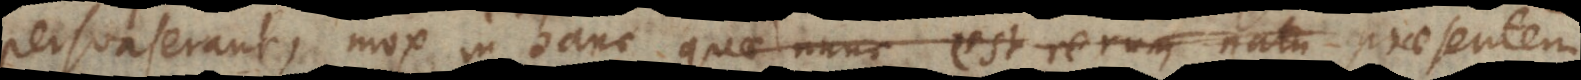
persuaserant, mox in hanc quae nunc est rerum natu praesentem